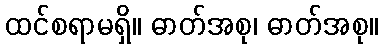
ထင်စရာမရှိ။ ဓာတ်အစု၊ ဓာတ်အစု။